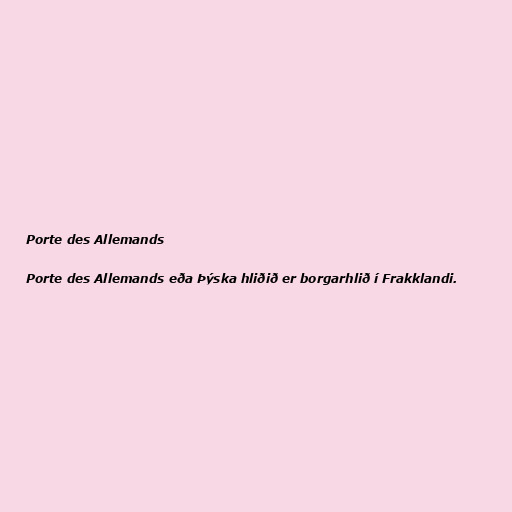
Porte des Allemands

Porte des Allemands eða Þýska hliðið er borgarhlið í Frakklandi.